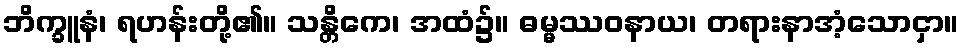
ဘိက္ခူနံ၊ ရဟန်းတို့၏။ သန္တိကေ၊ အထံ၌။ ဓမ္မဿဝနာယ၊ တရားနာအံ့သောငှာ။